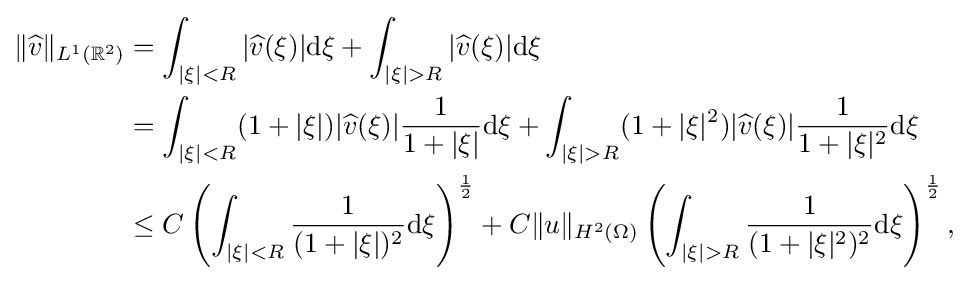
{\begin{aligned}\displaystyle \|{\widehat {v}}\|_{L^{1}(\mathbb {R} ^{2})}&=\int _{|\xi |<R}|{\widehat {v}}(\xi )|{\rm {d}}\xi +\int _{|\xi |>R}|{\widehat {v}}(\xi )|{\rm {d}}\xi \\&=\int _{|\xi |<R}(1+|\xi |)|{\widehat {v}}(\xi )|{\frac {1}{1+|\xi |}}{\rm {d}}\xi +\int _{|\xi |>R}(1+|\xi |^{2})|{\widehat {v}}(\xi )|{\frac {1}{1+|\xi |^{2}}}{\rm {d}}\xi \\&\leq C\left(\int _{|\xi |<R}{\frac {1}{(1+|\xi |)^{2}}}{\rm {d}}\xi \right)^{\frac {1}{2}}+C\|u\|_{H^{2}(\Omega )}\left(\int _{|\xi |>R}{\frac {1}{(1+|\xi |^{2})^{2}}}{\rm {d}}\xi \right)^{\frac {1}{2}},\end{aligned}}